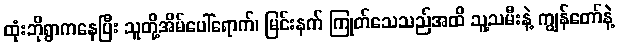
ထုံးဘိုရွာကနေပြီး သူတို့အိမ်ပေါ်ရောက်၊ မြင်းနက် ကြုတ်သေသည်အထိ သူ့သမီးနဲ့ ကျွန်တော်နဲ့